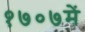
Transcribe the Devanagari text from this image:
१७०७में